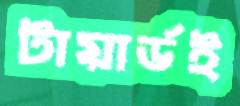
টায়ার্ডই